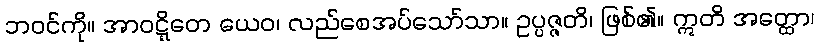
ဘဝင်ကို။ အာဝဋ္ဋိတေ ယေဝ၊ လည်စေအပ်သော်သာ။ ဥပ္ပဇ္ဇတိ၊ ဖြစ်၏။ ဣတိ အတ္ထော၊